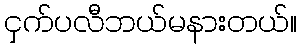
ငှက်ပလီဘယ်မနားတယ်။